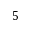
5